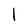
Character: I